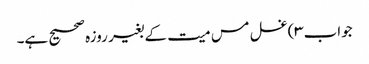
جواب۳)غسل مس میت کے بغیر روزہ صحیح ہے۔